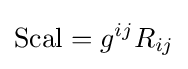
\operatorname {Scal} =g^{ij}R_{ij}